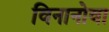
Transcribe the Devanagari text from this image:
विनानोवा